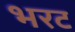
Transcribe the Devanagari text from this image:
भरट